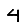
Digit: 4